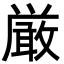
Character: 厳